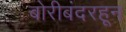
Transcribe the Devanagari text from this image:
बोरीबंदरहून